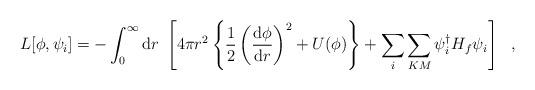
LaTeX: \begin{align*}L[\phi,\psi_i]=-\int_{0}^{\infty}{\rm d}r~\left[4\pi r^2\left\{\frac{1}{2}\left(\frac{{\rm d}\phi}{{\rm d}r}\right)^2+U(\phi)\right\}+\sum_i\sum_{KM}\psi_i^{\dagger}H_f\psi_i\right]~~,\end{align*}